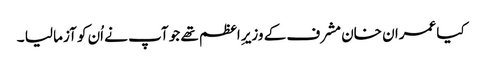
کیا عمران خان مشرف کے وزیرِ اعظم تھے جو آپ نے اُن کو آزما لیا ۔